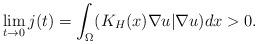
LaTeX: \begin{align*}\lim_{t\to 0}j(t)=\int_{\Omega}(K_H(x)\nabla u|\nabla u)dx>0.\end{align*}